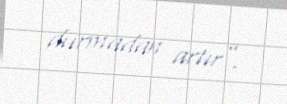
durmadan artır”.